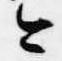
今